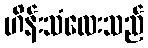
ဟိန်းသံလေးသည်